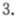
3.